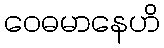
ဝေဓမာနေဟိ